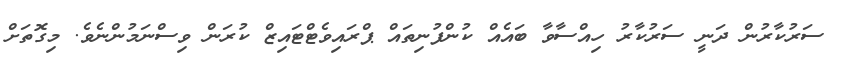
ސަރުކާރުން ދަނީ ސަރުކާރު ހިިއްސާވާ ބައެއް ކުންފުނިތައް ޕްރައިވެޓްޓައިޒް ކުރަން ވިސްނަމުންނެވެ. މިގޮތަށް